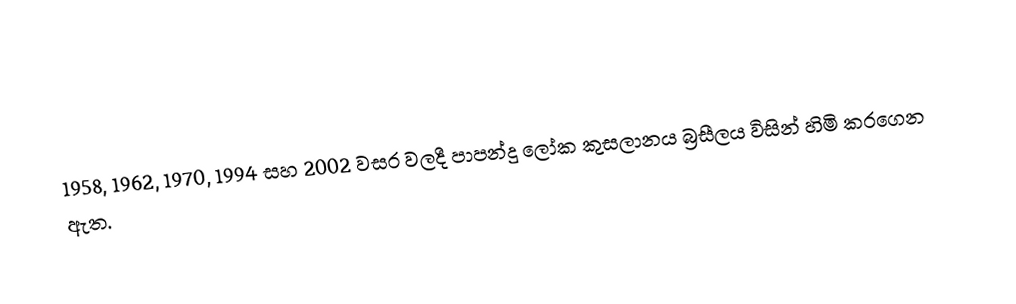
1958, 1962, 1970, 1994 සහ 2002 වසර වලදී පාපන්දු ලෝක කුසලානය බ්‍රසීලය විසින් හිමි කරගෙන ඇත.